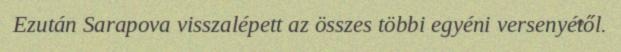
Ezután Sarapova visszalépett az összes többi egyéni versenyétől.